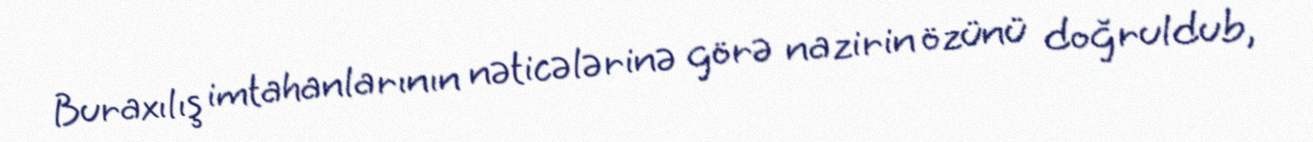
Buraxılış imtahanlarının nəticələrinə görə nazirin özünü doğruldub,